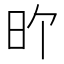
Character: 𪰇